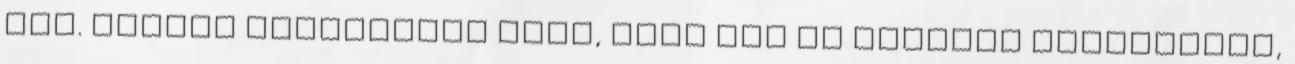
faj. Óriási szerencsém volt, mert egy fa tövében üldögéltem,